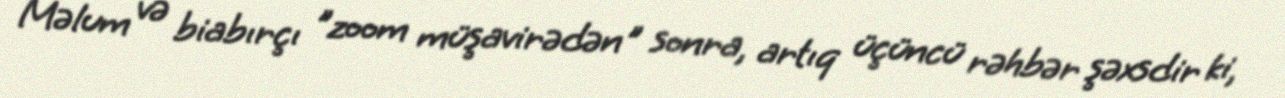
Məlum və biabırçı "zoom müşavirədən" sonra, artıq üçüncü rəhbər şəxsdir ki,